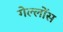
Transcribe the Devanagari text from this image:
गेल्लोंस